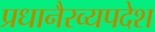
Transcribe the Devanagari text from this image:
प्रधानैरव्यपदेश